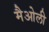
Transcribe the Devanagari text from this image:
मैओली